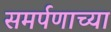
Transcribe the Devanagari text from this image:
समर्पणाच्या